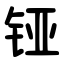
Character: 铔